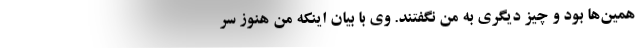
همین‌ها بود و چیز دیگری به من نگفتند. وی با بیان اینکه من هنوز سر